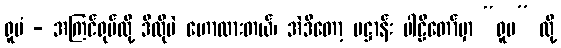
ရူပံ - အကြင်ရုပ်လို့ ဒီလိုပဲ ဟောထားတယ်၊ အဲဒီတော့ ပဋ္ဌာန်း ပါဠိတော်မှာ “ရူပ” လို့